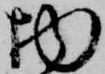
物